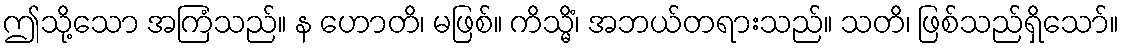
ဤသို့သော အကြံသည်။ န ဟောတိ၊ မဖြစ်။ ကိသ္မိံ၊ အဘယ်တရားသည်။ သတိ၊ ဖြစ်သည်ရှိသော်။